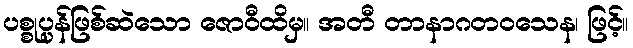
ပစ္စုပ္ပန်ဖြစ်ဆဲသော ဇောဝီထိမှ။ အတီ တာနာဂတဝသေန၊ ဖြင့်။